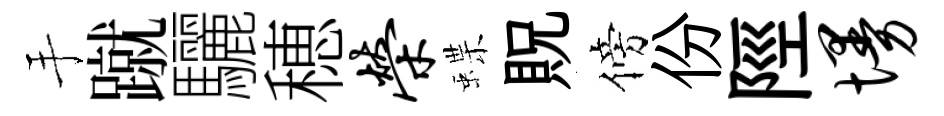
手蹴驪穂荣蝶貺傍份陘墁